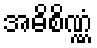
အဓိစိဏ္ဏံ